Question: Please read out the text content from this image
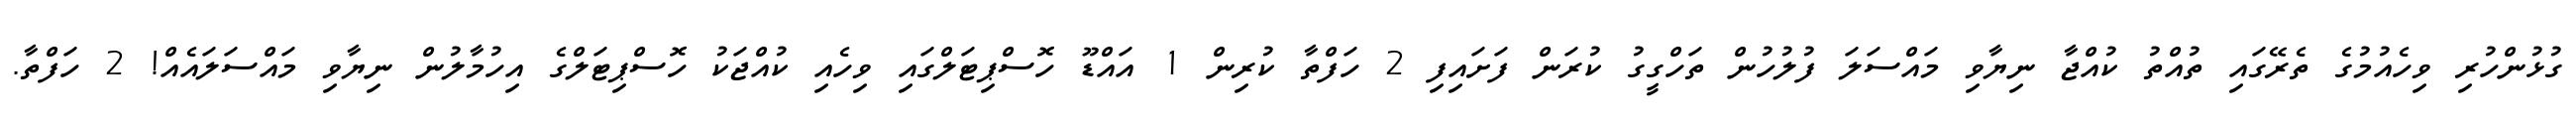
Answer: ގުޅުންހުރި ވިހެއުމުގެ ތެރޭގައި ތުއްތު ކުއްޖާ ނިޔާވި މައްސަލަ ފުލުހުން ތަހްގީގު ކުރަން ފަށައިފި 2 ހަފްތާ ކުރިން 1 އައްޑޫ ހޮސްޕިޓަލްގައި ވިހެއި ކުއްޖަކު ހޮސްޕިޓަލްގެ އިހުމާލުން ނިޔާވި މައްސަލައެއް! 2 ހަފްތާ.